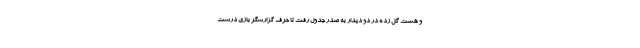
و هشت گل زده در دو دیدار به صدر جدول رفت تا حرف گزارشگر بازی درست